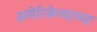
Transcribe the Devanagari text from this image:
अमेरिकेच्याच्या